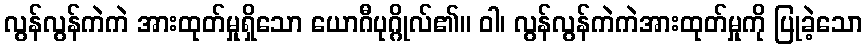
လွန်လွန်ကဲကဲ အားထုတ်မှုရှိသော ယောဂီပုဂ္ဂိုလ်၏။ ဝါ၊ လွန်လွန်ကဲကဲအားထုတ်မှုကို ပြုခဲ့သော